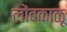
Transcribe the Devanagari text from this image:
लोंबकाळू